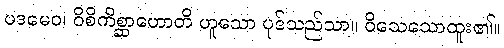
ပဒမေဝ၊ ဝိစိကိစ္ဆာဟောတိ ဟူသော ပုဒ်သည်သာ။ ဝိသေသောထူး၏။